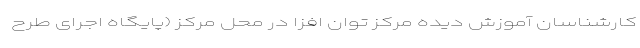
کارشناسان آموزش دیده مرکز توان افزا در محل مرکز (پایگاه اجرای طرح